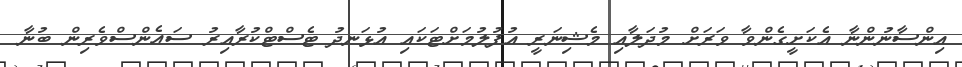
އިންސާނުންނާ އެކަށީގެންވާ ވަރަށް މުދަލާއި މެޝިނަރީ އުފުލުމަށްޓަކައި އުޅަނދު ޓެސްޓްކުރާއިރު ސައެންސްވެރިން ބުނާ